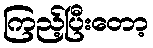
ကြည့်ပြီးတော့